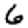
Digit: 6